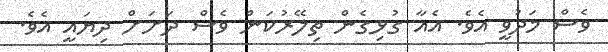
ވެސް މަދުވީ އެވެ. އެއާ ގުޅިގެން ތިލޭރުކަން ވެސް ދަށަށް ދިޔައީ އެވެ.